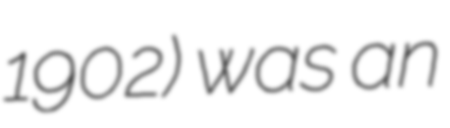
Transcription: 1902) was an